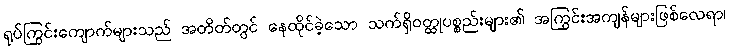
ရုပ်ကြွင်းကျောက်များသည် အတိတ်တွင် နေထိုင်ခဲ့သော သက်ရှိဝတ္ထုပစ္စည်းများ၏ အကြွင်းအကျန်များဖြစ်လေရာ၊